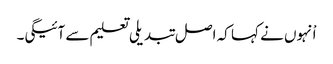
اْنہوں نے کہا کہ اصل تبدیلی تعلیم سے آئیگی۔